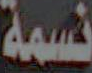
نسمة